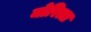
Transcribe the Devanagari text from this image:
मोरित्स